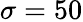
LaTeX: \sigma=50